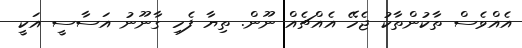
އެއްވެސް ތާކުންތާކު ޖެހޭ އެއްޗެއް ނޫން. ތިޔާ ފެހި ގާނޫނު އަސާސީ އަކީ